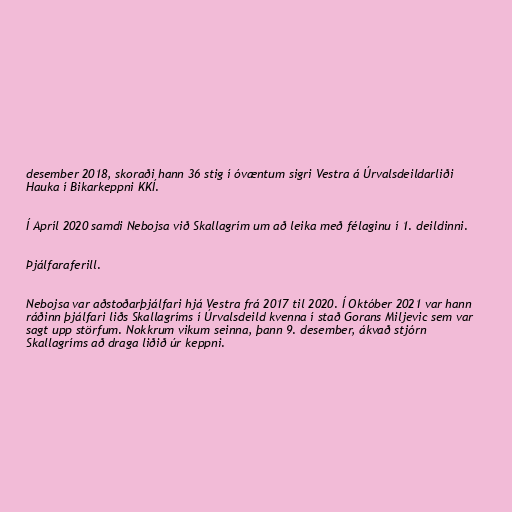
desember 2018, skoraði hann 36 stig í óvæntum sigri Vestra á Úrvalsdeildarliði
Hauka í Bikarkeppni KKÍ.

Í Apríl 2020 samdi Nebojsa við Skallagrím um að leika með félaginu í 1. deildinni.

Þjálfaraferill.

Nebojsa var aðstoðarþjálfari hjá Vestra frá 2017 til 2020. Í Október 2021 var hann
ráðinn þjálfari liðs Skallagríms í Úrvalsdeild kvenna í stað Gor­ans Milj­evic sem var
sagt upp störfum. Nokkrum vikum seinna, þann 9. desember, ákvað stjórn
Skallagríms að draga liðið úr keppni.